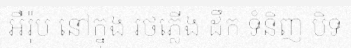
អឺរ៉ុប នៅក្នុង រថភ្លើង ដឹក ទំនិញ បិទ